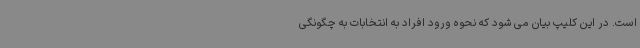
است. در این کلیپ بیان می شود که نحوه ورود افراد به انتخابات به چگونگی